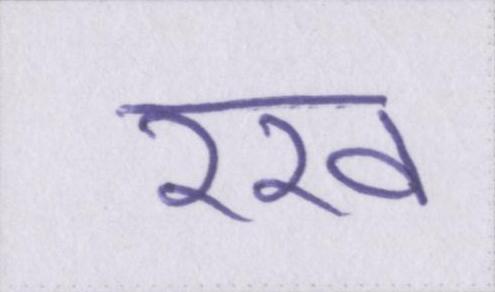
रख